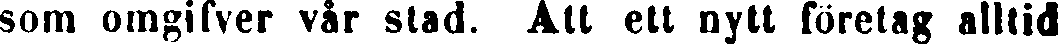
som omgifver vår stad. Att ett nytt företag alltid